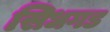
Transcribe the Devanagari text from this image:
सिधगड